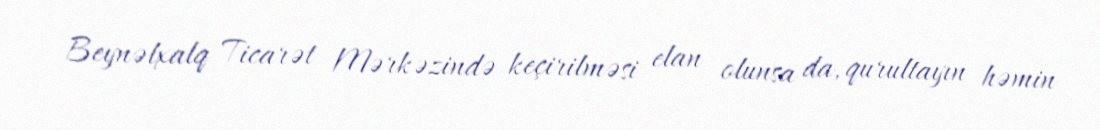
Beynəlxalq Ticarət Mərkəzində keçirilməsi elan olunsa da, qurultayın həmin